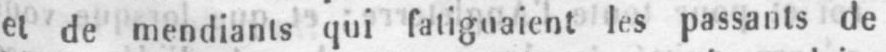
et de mendiants qui fatiguaient les passants de